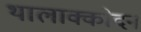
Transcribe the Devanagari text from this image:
थालाक्कोदन